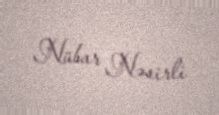
Nübar Nəsirli